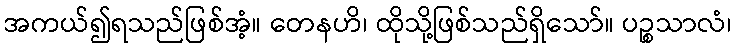
အကယ်၍ရသည်ဖြစ်အံ့။ တေနဟိ၊ ထိုသို့ဖြစ်သည်ရှိသော်။ ပဉ္စသာလံ၊